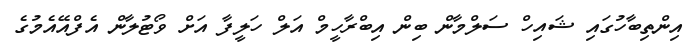
އިންތިބާހުގައި ޝައިހް ސަލްމާން ބިން އިބްރާހީމް އަލް ހަލީފާ އަށް ވޯޓުލާން އެފްއޭއެމުގެ